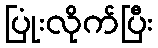
ပြုံးလိုက်ပြီး